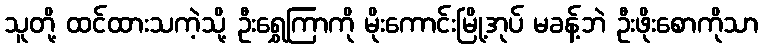
သူတို့ ထင်ထားသကဲ့သို့ ဦးရွှေကြာကို မိုးကောင်းမြို့အုပ် မခန့်ဘဲ ဦးဖိုးစောကိုသာ